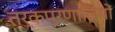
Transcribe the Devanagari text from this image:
तर्कप्रणालियों